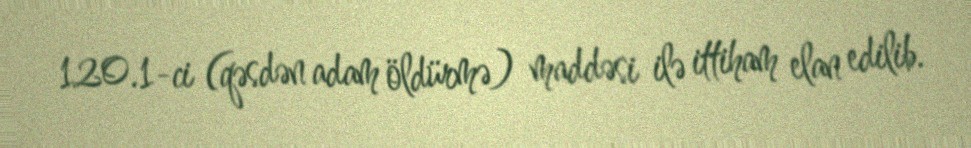
120.1-ci (qəsdən adam öldürmə) maddəsi ilə ittiham elan edilib.